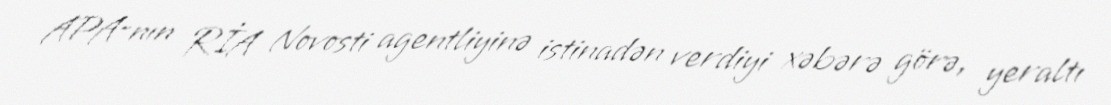
APA-nın RİA Novosti agentliyinə istinadən verdiyi xəbərə görə, yeraltı